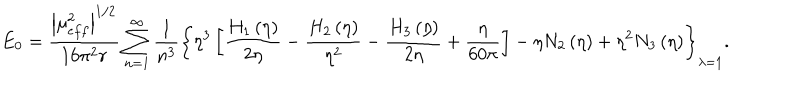
E _ { 0 } = \frac { \left| \mu _ { e f f } ^ { 2 } \right| ^ { 1 / 2 } } { 1 6 \pi ^ { 2 } r } \sum _ { n = 1 } ^ { \infty } \frac { 1 } { n ^ { 3 } } \left\{ \eta ^ { 3 } \left[ \frac { H _ { 1 } \left( \eta \right) } { 2 \eta } - \frac { H _ { 2 } \left( \eta \right) } { \eta ^ { 2 } } - \frac { H _ { 3 } \left( \eta \right) } { 2 \eta } + \frac { \eta } { 6 0 \pi } \right] - \eta N _ { 2 } \left( \eta \right) + \eta ^ { 2 } N _ { 3 } \left( \eta \right) \right\} _ { \lambda = 1 } .